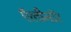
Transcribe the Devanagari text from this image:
ऍलीनॉर